NAE_ERA_R-30_Eesti_Riiklik_Spordiamet, lk 137
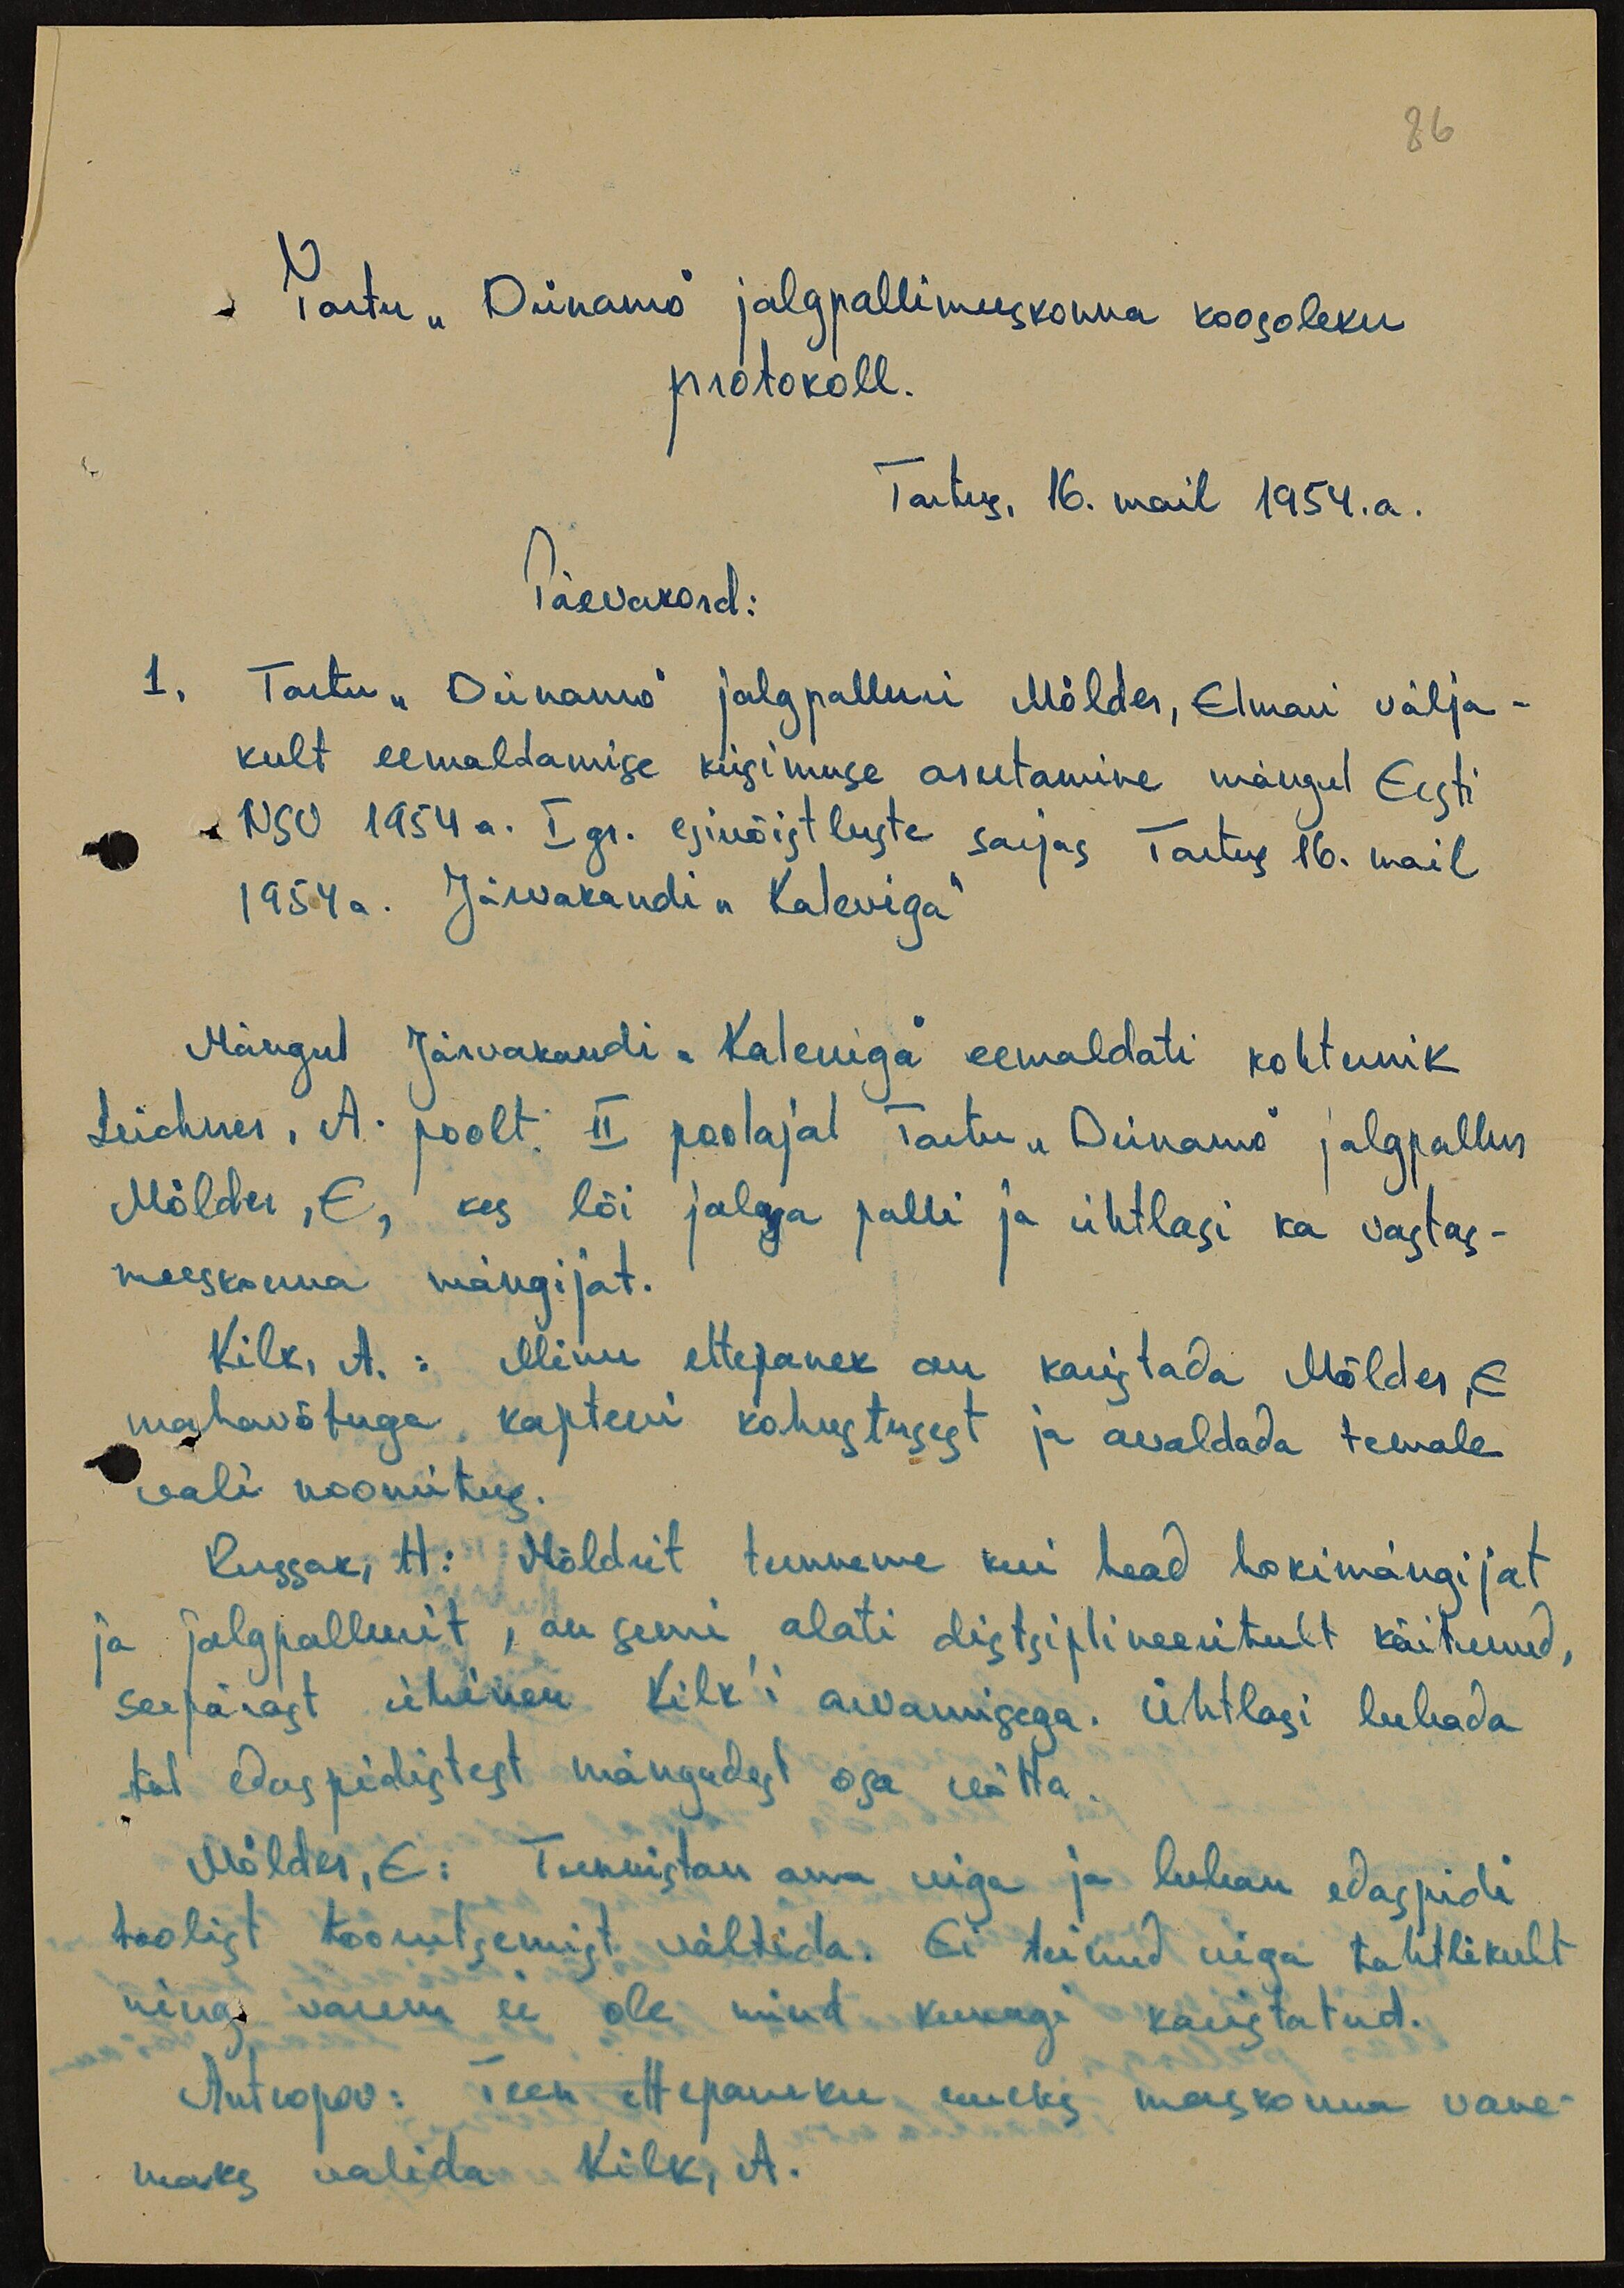
86

Tartu "Dünamo" jalgpallimeeskonna koosoleku
protokoll.
Tartus, 16. mail 1954.a.
Päevakord:
1. Tartu "Dünamo" jalgpalluri Mölder, Elmari välja-
kult eemaldamise küsimuse arutamine mängul Eesti
NSV 1954 a. I gr. esivõistluste sarjas Tartus 16. mail
1954 a. Järvakandi "Kaleviga"
Mängul Järvakandi "Kaleviga" eemaldati kohtunik
Leichner, A. poolt. II poolajal Tartu "Dünamo" jalgpallur
Mölder, E, kes lõi jalaga palli ja ühtlasi ka vastas-
meeskonna mängijat.
Kilk, A.: Minu ettepanek on karistada Mölder, E
mahavõtuga kapteni kohustusest ja avaldada temale
vali noomitus.
Russak, H: Möldrit tunneme kui head hokimängijat
ja jalgpallurit, on seni alati distsiplineeritult käitunud,
seepärast ühinen Kilk´i arvamisega. Ühtlasi lubada
tal edaspidistest mängudest osa võtta.
Mölder, E: Tunnistan oma viga ja luban edaspidi
taolist toorutsemist vältida. Ei teinud viga tahtlikult
ning varem ei ole mind kunagi karistatud.
Antropov: Teen ettepaneku uueks meeskonna vane-
maks valida Kilk, A.